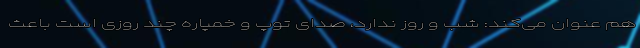
هم عنوان می‌کند: شب و روز ندارد، صدای توپ و خمپاره چند روزی است باعث